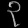
Digit: ၃